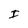
Character: I